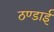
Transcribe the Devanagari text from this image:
ठण्डाई